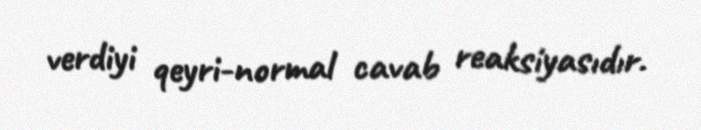
verdiyi qeyri-normal cavab reaksiyasıdır.